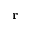
\mathbf { r }